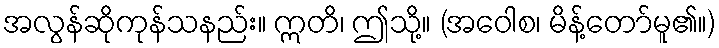
အလွန်ဆိုကုန်သနည်း။ ဣတိ၊ ဤသို့။ (အဝေါစ၊ မိန့်တော်မူ၏။)